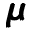
\pmb { \mu }